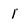
Character: 1